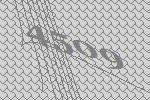
4509